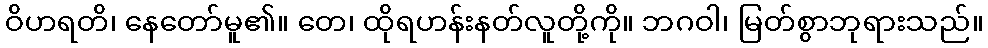
ဝိဟရတိ၊ နေတော်မူ၏။ တေ၊ ထိုရဟန်းနတ်လူတို့ကို။ ဘဂဝါ၊ မြတ်စွာဘုရားသည်။